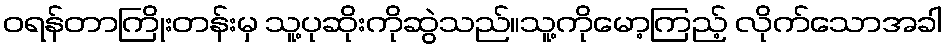
ဝရန်တာကြိုးတန်းမှ သူ့ပုဆိုးကိုဆွဲသည်။သူ့ကိုမော့ကြည့် လိုက်သောအခါ